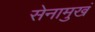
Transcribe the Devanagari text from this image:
सेनामुखं